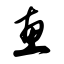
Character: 惠